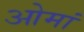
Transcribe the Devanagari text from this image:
ओमां